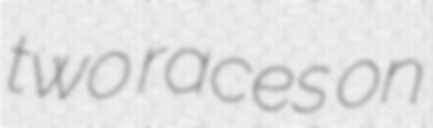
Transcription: two races on